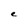
Character: e